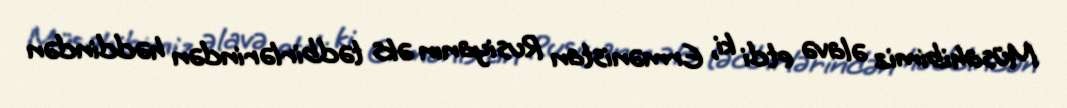
Müsahibimiz əlavə etdi ki, Ermənistan Rusiyanın əks tədbirlərindən həddindən